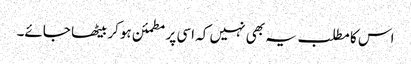
اس کا مطلب یہ بھی نہیں کہ اسی پر مطمئن ہوکر بیٹھا جائے۔